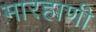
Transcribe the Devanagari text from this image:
मारहाणी